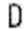
D